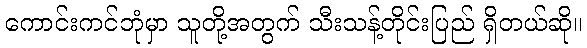
ကောင်းကင်ဘုံမှာ သူတို့အတွက် သီးသန့်တိုင်းပြည် ရှိတယ်ဆို။